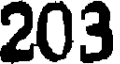
203